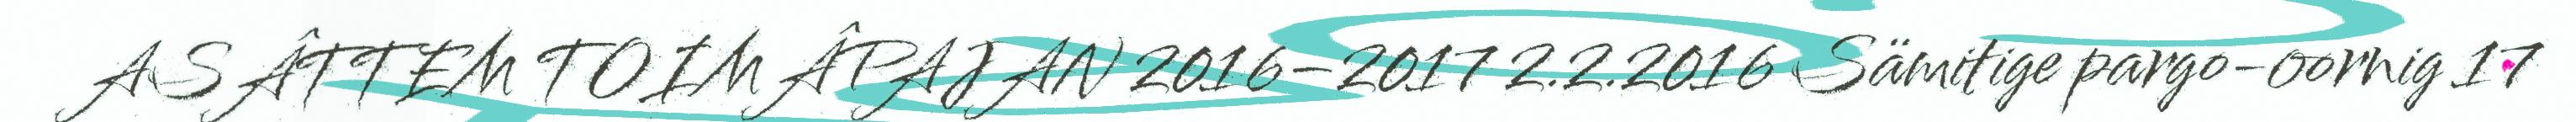
ASÂTTEM TOIMÂPAJAN 2016–2017 2.2.2016 Sämitige pargo-oornig 17